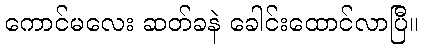
ကောင်မလေး ဆတ်ခနဲ ခေါင်းထောင်လာပြီ။